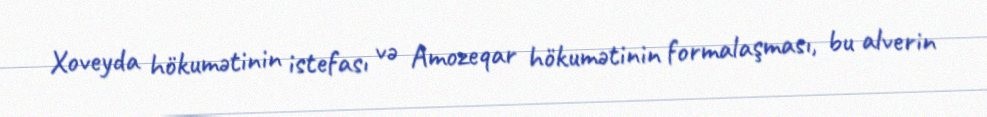
Xoveyda hökumətinin istefası və Amozeqar hökumətinin formalaşması, bu alverin